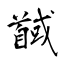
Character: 馘